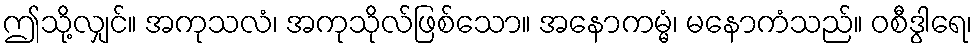
ဤသို့လျှင်။ အကုသလံ၊ အကုသိုလ်ဖြစ်သော။ အနောကမ္မံ၊ မနောကံသည်။ ဝစီဒွါရေ၊